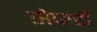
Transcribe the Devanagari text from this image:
सेफटी